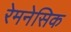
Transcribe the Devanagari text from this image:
रेमनेसिक